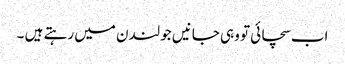
اب سچائی تو وہی جانیں جو لندن میں رہتے ہیں ۔